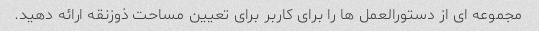
مجموعه ای از دستورالعمل ها را برای کاربر برای تعیین مساحت ذوزنقه ارائه دهید.